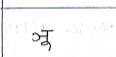
मजकूर: ञू